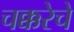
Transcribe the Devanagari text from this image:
चक्करेचे